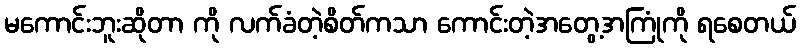
မကောင်းဘူးဆိုတာ ကို လက်ခံတဲ့စိတ်ကသာ ကောင်းတဲ့အတွေ့အကြုံကို ရစေတယ်